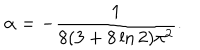
\alpha = - { \frac { 1 } { 8 ( 3 + 8 \ln 2 ) \pi ^ { 2 } } } .